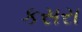
કસરા